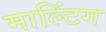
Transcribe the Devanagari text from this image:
माल्टिंग